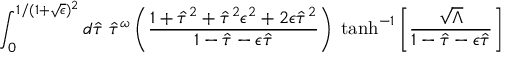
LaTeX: \int _ { 0 } ^ { 1 / ( 1 + \sqrt { \epsilon } ) ^ { 2 } } d \hat { \tau } \; \hat { \tau } ^ { \omega } \left( \frac { 1 + \hat { \tau } ^ { 2 } + \hat { \tau } ^ { 2 } \epsilon ^ { 2 } + 2 \epsilon \hat { \tau } ^ { 2 } } { 1 - \hat { \tau } - \epsilon \hat { \tau } } \right) \; \operatorname { t a n h } ^ { - 1 } \left[ \frac { \sqrt { \Lambda } } { 1 - \hat { \tau } - \epsilon \hat { \tau } } \right]